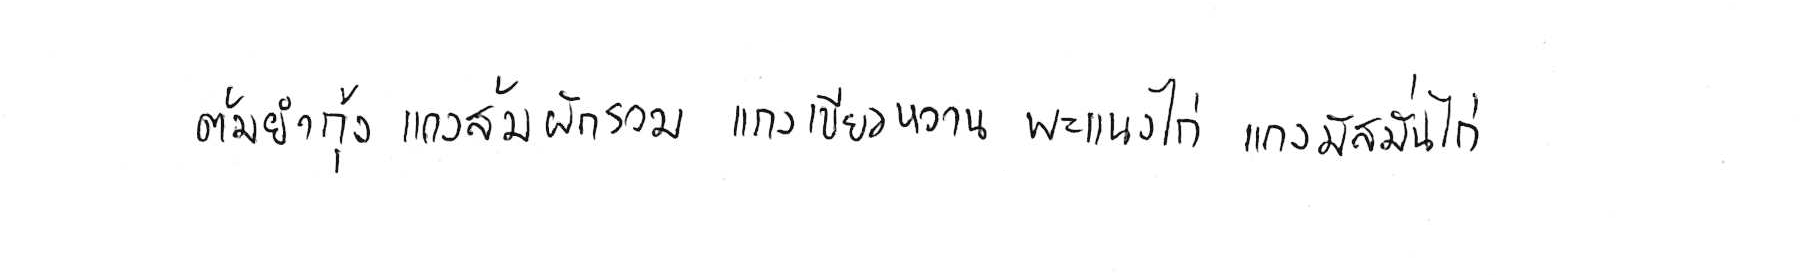
ต้มยำกุ้ง แกงส้มผักรวม แกงเขียวหวาน พะแนงไก่ แกงมัสมั่นไก่